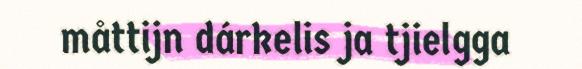
måttijn dárkelis ja tjielgga